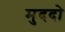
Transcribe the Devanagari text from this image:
मुददो